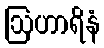
ဩဟာရိနံ